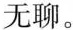
无聊。